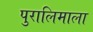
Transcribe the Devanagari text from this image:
पुरालिमाला